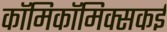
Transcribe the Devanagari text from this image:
काॅमिकॉमिक्सकई